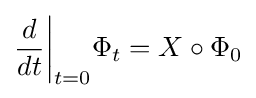
{d \over dt}{\biggr |}_{t=0}\Phi _{t}=X\circ \Phi _{0}